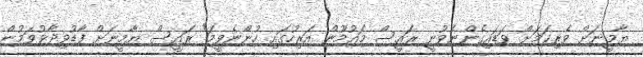
ޔާމީނަށް ވެރިކަމަށް ވަޑައިގެންނެވުނީ ރައީސް މައުމޫން އަރިހުގައި ހުންނެވީމަ" ރައީސް ޔާމީނަށް ފާޑުވިދާޅުވަމުން